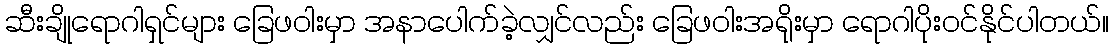
ဆီးချိုရောဂါရှင်များ ခြေဖဝါးမှာ အနာပေါက်ခဲ့လျှင်လည်း ခြေဖဝါးအရိုးမှာ ရောဂါပိုးဝင်နိုင်ပါတယ်။